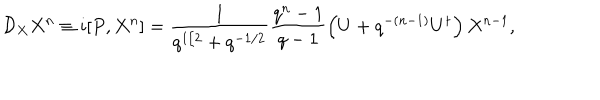
\mathcal { D } _ { X } X ^ { n } \equiv i [ P , X ^ { n } ] = \frac { 1 } { q ^ { 1 / 2 } + q ^ { - 1 / 2 } } \frac { q ^ { n } - 1 } { q - 1 } \left( U + q ^ { - ( n - 1 ) } U ^ { \dagger } \right) X ^ { n - 1 } ,